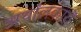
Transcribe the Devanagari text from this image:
अर्थांलकारों